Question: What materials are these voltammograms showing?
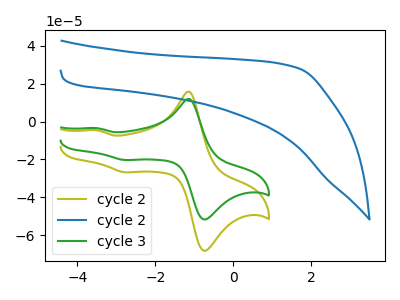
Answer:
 <answer>The olive curve is labeled "cycle 2". The blue curve is labeled "cycle 2". The green curve is labeled "cycle 3".</answer>
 <eval></eval>